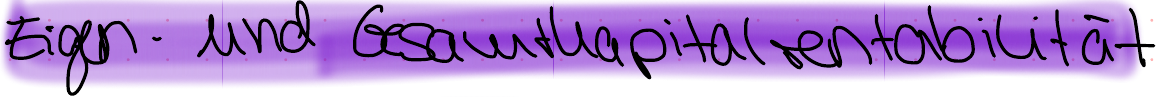
Eigen - und Gesamtkapitalrentabilität